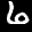
Label: 6